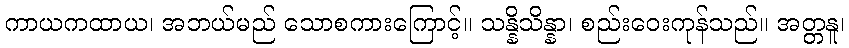
ကာယကထာယ၊ အဘယ်မည် သောစကားကြောင့်။ သန္နိသိန္နာ၊ စည်းဝေးကုန်သည်။ အတ္တနူ၊